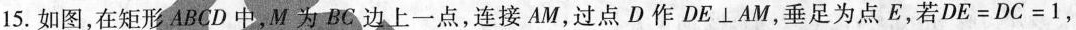
15.如图，在矩形ABCD中，M为BC边上一点，连接AM，过点D作DE⊥AM，垂足为点E，若$$D E = D C = 1$$，